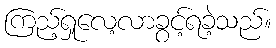
ကြည့်ရှုလေ့လာခွင့်ရခဲ့သည်။